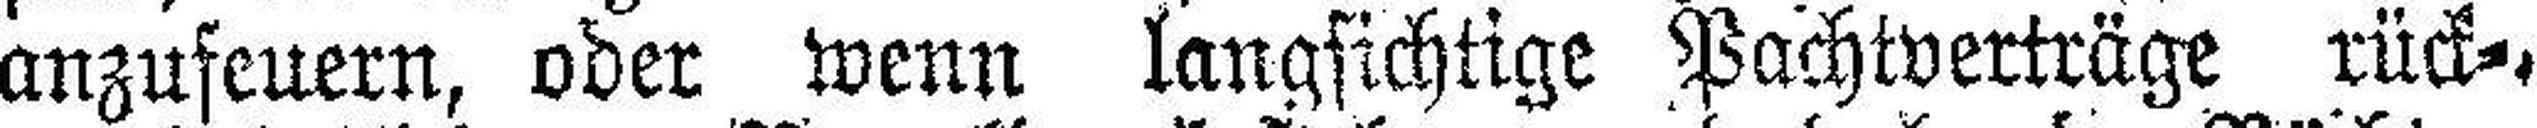
anzufeuern, oder wenn langsichtige Pachtverträge rück¬